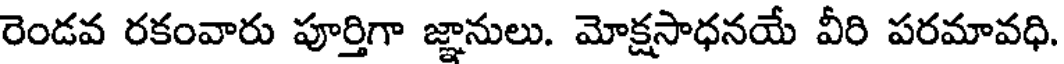
రెండవ రకంవారు పూర్తిగా జ్ఞానులు. మోక్షసాధనయే వీరి పరమావధి